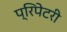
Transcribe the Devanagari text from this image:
प्रिपेटरी